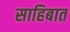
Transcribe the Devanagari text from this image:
साहिबात